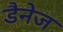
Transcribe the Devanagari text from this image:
डैनेज